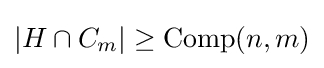
|H\cap C_{m}|\geq \operatorname {Comp} (n,m)